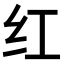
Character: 红